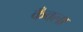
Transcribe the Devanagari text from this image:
कँवला